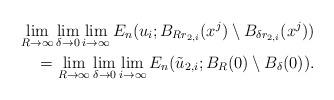
LaTeX: \begin{align*} &&\lim_{R \to \infty} \lim_{\delta \to 0} \lim_{i\to \infty} E_n(u_i; B_{R r_{2,i}}(x^{j}) \setminus B_{\delta r_{2,i} }(x^j))\\ &&=\lim_{R \to \infty} \lim_{\delta \to 0} \lim_{i\to \infty} E_n(\tilde u_{2,i}; B_{R}(0) \setminus B_{\delta}(0)). \end{align*}